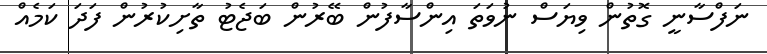
ނަފްސާނީ ގޮތުން ވިޔަސް ނުވަތަ އިންސާފުން ބޭރުން ބަޖެޓު ތާށިކުރުން ފަދަ ކަމެއް